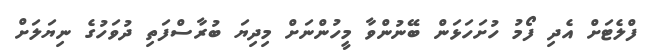
ފްލެޓަށް އެދި ފޯމު ހުށަހަޅަން ބޭނުންވާ މީހުންނަށް މިދިޔަ ބުރާސްފަތި ދުވަހުގެ ނިޔަލަށް